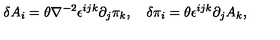
\delta A _ { i } = \theta \nabla ^ { - 2 } \epsilon ^ { i j k } \partial _ { j } \pi _ { k } , \quad \delta \pi _ { i } = \theta \epsilon ^ { i j k } \partial _ { j } A _ { k } ,